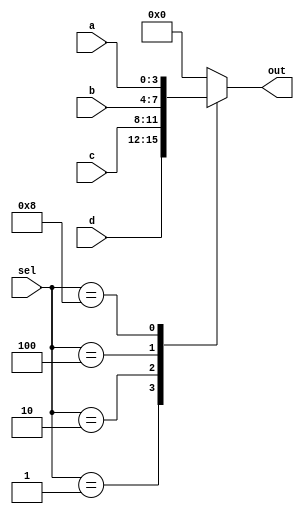

`timescale 1ns/1ns

module mux(a, b, c, d, out, sel);
parameter n=4;

output reg [n-1:0] out;

input [n-1:0] a, b, c, d;

input [3:0] sel;

always @ (*) begin
	case (sel)
		4'b0001: out <= d;
		4'b0010: out <= c;
		4'b0100: out <= b;
		4'b1000: out <= a;
		default: out <= {n{1'b0}};
	endcase
end
endmodule